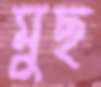
মুছ